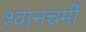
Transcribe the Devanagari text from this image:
श्वानचर्मी